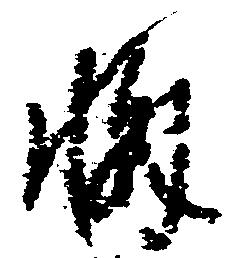
懈